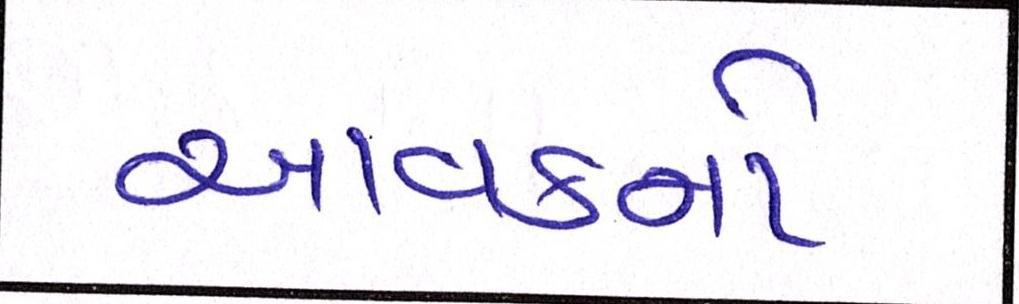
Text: આવકનો